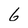
Character: 6